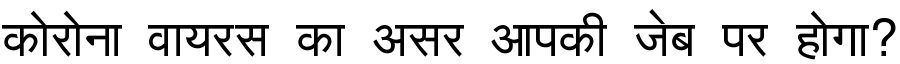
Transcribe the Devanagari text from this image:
कोरोना वायरस का असर आपकी जेब पर होगा?